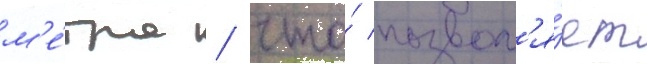
м'е́тра / что́ позвол'я́ет